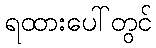
ရထားပေါ်တွင်